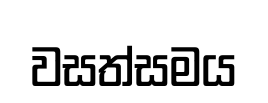
වසත්සමය